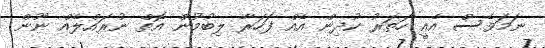
ނަމަވެސް އެއީ ހަތަރު ކުދިން އެއް ފަހަރާ ލިބުމުން އޮތް ނުރައްލެއް ނޫން